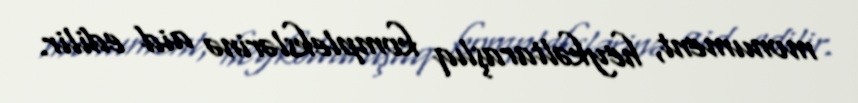
monument, heykəltaraşlıq komplekslərinə aid edilir.